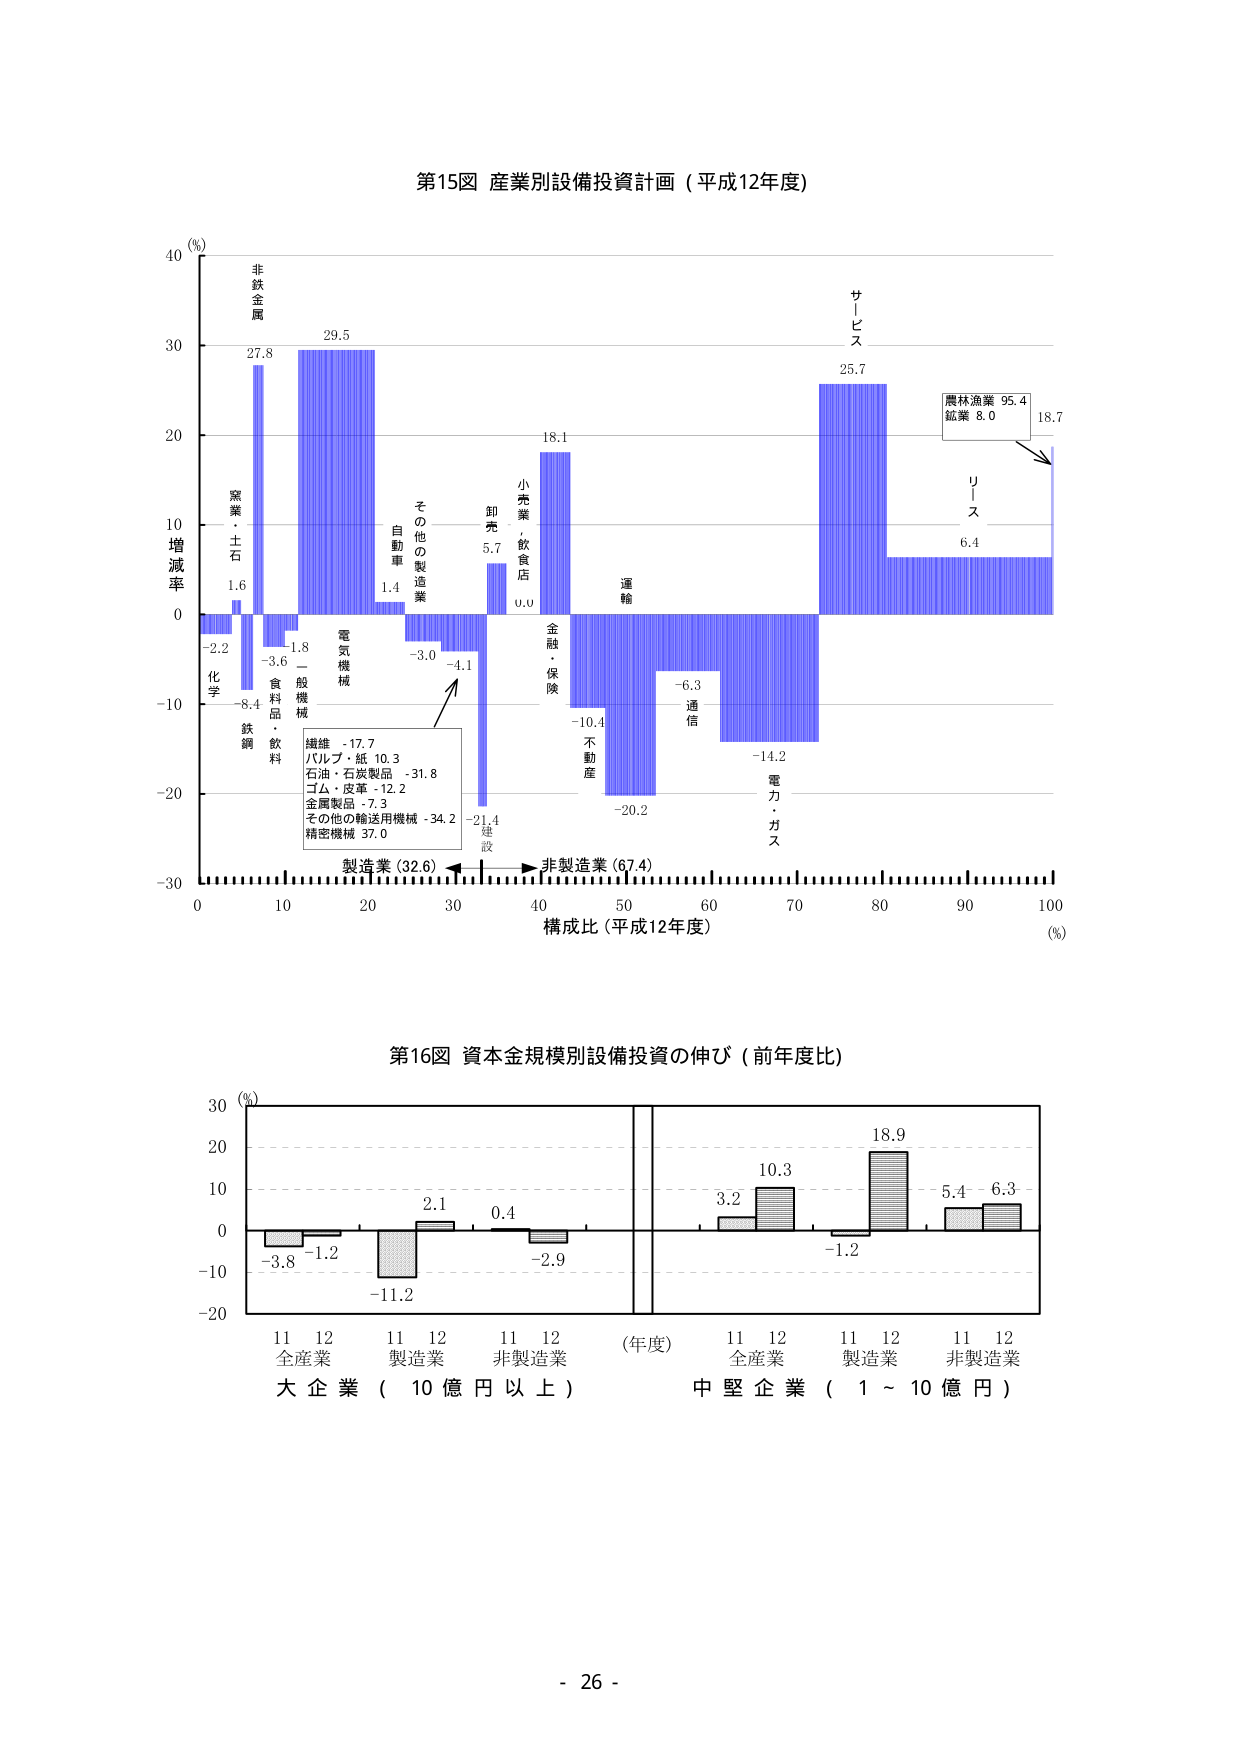
第15図 産業別設備投資計画（平成12年度）

(%)
40
30
20
10
0
-10
-20
-30

増減率

非鉄金属
27.8

窯業・土石
1.6

化学
-2.2

鉄鋼
-8.4

食料品・飲料
-3.6

一般機械
-1.8

電気機械
29.5

自動車
1.4

その他の製造業
-3.0

卸売
5.7

小売業・飲食店
0.0

金融・保険
18.1

運輸
-10.4

不動産
-20.2

通信
-6.3

電力・ガス
-14.2

サービス
25.7

U
I
S
6.4

農林漁業 95.4
鉱業 8.0
18.7

繊維 -17.7
パルプ・紙 10.3
石油・石炭製品 -31.8
ゴム・皮革 -12.2
金属製品 -7.3
その他の輸送用機械 -34.2
精密機械 37.0

製造業 (32.6)
非製造業 (67.4)

構成比（平成12年度）
(%)
0 10 20 30 40 50 60 70 80 90 100

第16図 資本金規模別設備投資の伸び（前年度比）

(%)
30
20
10
0
-10
-20

11 12
全産業
-3.8 -1.2

11 12
製造業
-11.2 2.1

11 12
非製造業
0.4 -2.9

(年度)

11 12
全産業
3.2 10.3

11 12
製造業
-1.2 18.9

11 12
非製造業
5.4 6.3

大企業（10億円以上）
中堅企業（1～10億円）

- 26 -